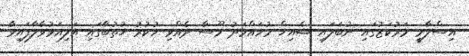
އިސްލާމީ މަރުކަޒުގައި ނުބަލައި ޝެއިޚް މުހައްމަދު މޫސާ ދެއްވި ހުކުރު ޚުތުބާގައި އަލިއަޅުވާލާފައިވާ